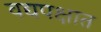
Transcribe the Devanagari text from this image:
वद्यपक्षात